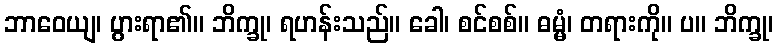
ဘာဝေယျ၊ ပွားရာ၏။ ဘိက္ခု၊ ရဟန်းသည်။ ခေါ၊ စင်စစ်။ ဓမ္မံ၊ တရားကို။ ပ။ ဘိက္ခု၊